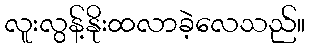
လူးလွန့်နိုးထလာခဲ့လေသည်။